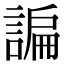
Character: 諞